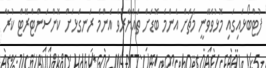
ފުޓްބޯޅައިގައި މޮޅުވެވޭނީ މެޗަށް އެންމެ ބޮޑަށް ތައްޔާރުވެ އެންމެ ރަނގަޅަށް ކޮންސަންޓްރޭޓް ކުރާ